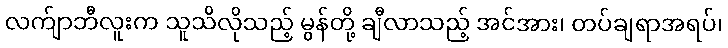
လက်ျာဘီလူးက သူသိလိုသည့် မွန်တို့ ချီလာသည့် အင်အား၊ တပ်ချရာအရပ်၊